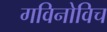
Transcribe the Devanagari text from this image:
गविनोविच